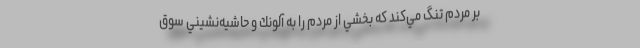
بر مردم تنگ مي‌كند كه بخشي از مردم را به آلونك‌ و حاشيه‌نشيني سوق